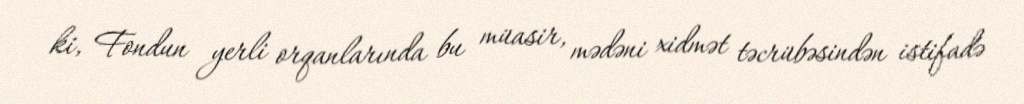
ki, Fondun yerli orqanlarında bu müasir, mədəni xidmət təcrübəsindən istifadə